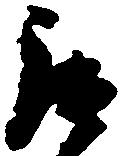
罷